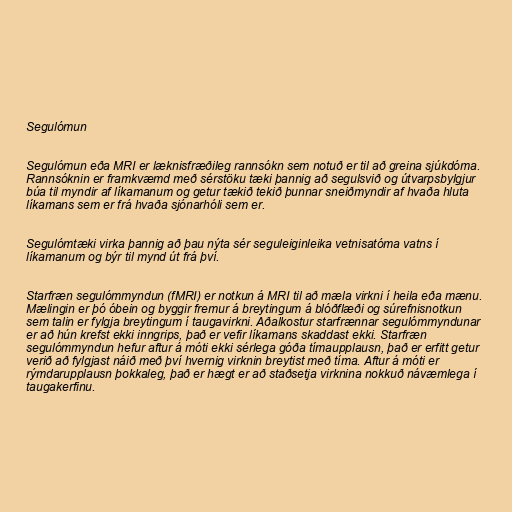
Segulómun

Segulómun eða MRI er læknisfræðileg rannsókn sem notuð er til að greina sjúkdóma.
Rannsóknin er framkvæmd með sérstöku tæki þannig að segulsvið og útvarpsbylgjur
búa til myndir af líkamanum og getur tækið tekið þunnar sneiðmyndir af hvaða hluta
líkamans sem er frá hvaða sjónarhóli sem er.

Segulómtæki virka þannig að þau nýta sér seguleiginleika vetnisatóma vatns í
líkamanum og býr til mynd út frá því.

Starfræn segulómmyndun (fMRI) er notkun á MRI til að mæla virkni í heila eða mænu.
Mælingin er þó óbein og byggir fremur á breytingum á blóðflæði og súrefnisnotkun
sem talin er fylgja breytingum í taugavirkni. Aðalkostur starfrænnar segulómmyndunar
er að hún krefst ekki inngrips, það er vefir líkamans skaddast ekki. Starfræn
segulómmyndun hefur aftur á móti ekki sérlega góða tímaupplausn, það er erfitt getur
verið að fylgjast náið með því hvernig virknin breytist með tíma. Aftur á móti er
rýmdarupplausn þokkaleg, það er hægt er að staðsetja virknina nokkuð návæmlega í
taugakerfinu.